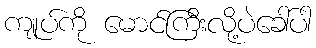
ကျုပ်ကို မောင်ကြီးလို့ပဲခေါ်ပါ